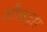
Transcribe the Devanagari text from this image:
शौलदार